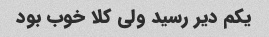
یکم دیر رسید ولی کلا خوب بود